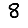
Digit: 8